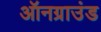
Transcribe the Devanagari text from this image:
ऑनग्राउंड